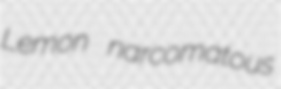
Lemon narcomatous